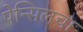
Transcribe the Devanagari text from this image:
पेन्सिलचा